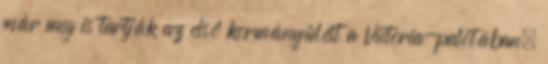
már meg is tartják az első kormányülést a Victoria-palotában.